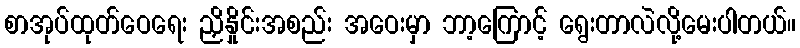
စာအုပ်ထုတ်ဝေရေး ညှိနှိုင်းအစည်း အဝေးမှာ ဘာ့ကြောင့် ရွေးတာလဲလို့မေးပါတယ်။